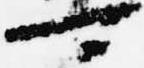
可